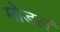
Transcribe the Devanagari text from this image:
मोडलं